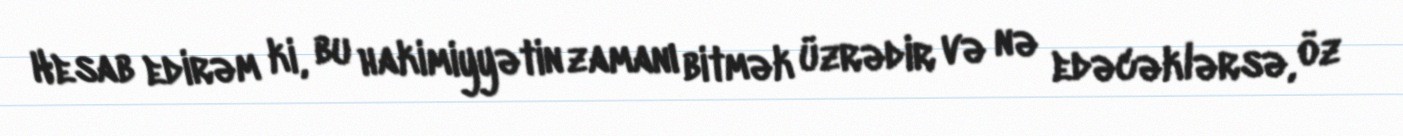
Hesab edirəm ki, bu hakimiyyətin zamanı bitmək üzrədir və nə edəcəklərsə, öz